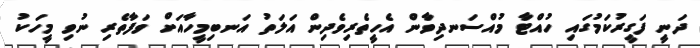
ދަނީ ފަގީރުކަމުގައި ހުއްޓާ މުއްސަނދިވާން އެހީތެރިވެދިން އަލަތު އަނބިމީހާއަށް ވަފާތެރި ނުވި މީހަކު